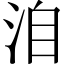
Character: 洎